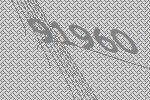
91960